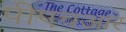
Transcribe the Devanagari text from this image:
पीएचआर